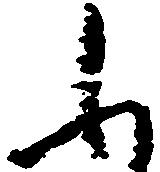
ふ